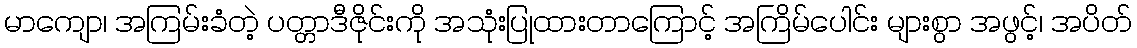
မာကျော၊ အကြမ်းခံတဲ့ ပတ္တာဒီဇိုင်းကို အသုံးပြုထားတာကြောင့် အကြိမ်ပေါင်း များစွာ အဖွင့်၊ အပိတ်